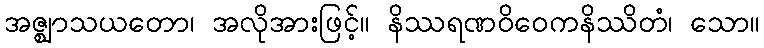
အဇ္ဈာသယတော၊ အလိုအားဖြင့်။ နိဿရဏဝိဝေကနိဿိတံ၊ သော။